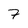
Character: 7